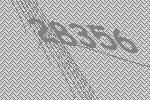
28356